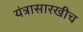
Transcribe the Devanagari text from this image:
यंत्रासारखीच